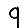
Digit: 9